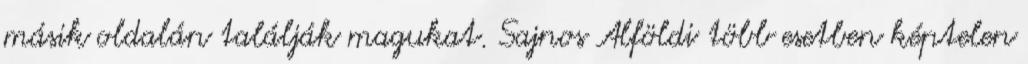
másik oldalán találják magukat. Sajnos Alföldi több esetben képtelen